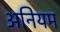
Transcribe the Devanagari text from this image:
अनियम